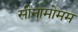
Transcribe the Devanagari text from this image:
सीनामोमम